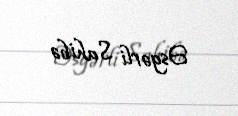
Əsgərli Sahibə